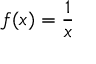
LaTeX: f ( x ) = { \frac { 1 } { x } }